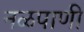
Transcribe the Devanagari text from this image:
नळपाणी